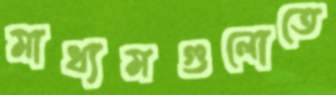
মাধ্যমগুলোতে